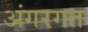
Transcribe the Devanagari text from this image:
अंगरगत